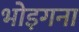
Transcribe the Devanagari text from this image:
भोइगना